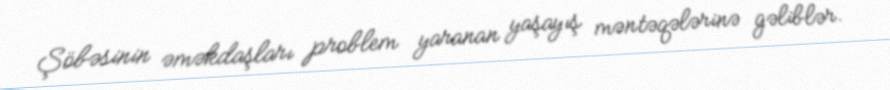
Şöbəsinin əməkdaşları problem yaranan yaşayış məntəqələrinə gəliblər.